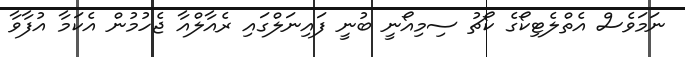
ނަމަވެސް އެތްލެޓިކޯގެ ކޯޗު ސިމިއޯނީ ބުނީ ފައިނަލްގައި ރެއާލްއާ ޖެހުމުން އެކަމާ އުފާވާ